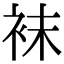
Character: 袜